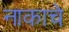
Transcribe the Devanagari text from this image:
नाकाचे